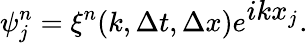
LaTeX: \psi_{j}^{n}=\xi^{n}(k,\Delta t,\Delta x)e^{\textstyle ikx_{j}}.